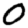
Digit: 0